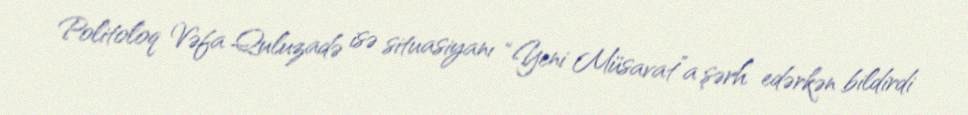
Politoloq Vəfa Quluzadə isə situasiyanı “Yeni Müsavat”a şərh edərkən bildirdi